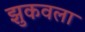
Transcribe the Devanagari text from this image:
झुकवला